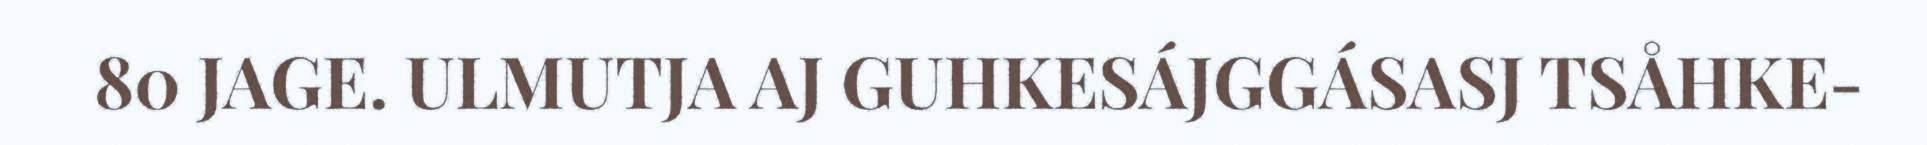
80 JAGE. ULMUTJA AJ GUHKESÁJGGÁSASJ TSÅHKE-